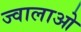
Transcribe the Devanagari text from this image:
ज्वालाओ